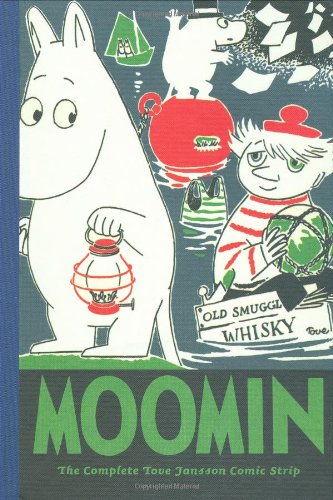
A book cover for Moomin: The Complete Tove Jansson Comic Strip - Book Three (Bk. 3); Tove Jansson; Comics & Graphic Novels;